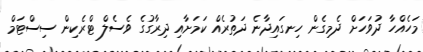
މަހެއްހާ ދުވަހަށް ދެމިގެން ހިނގައިދާނެ ދަތުރެއް ކަމަށާއި ދިރާގުގެ ވެސެލް ޓްރެކިން ސިސްޓަމް